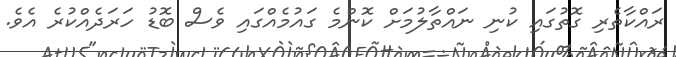
ރައްކާތެރި ގޮތުގައި ކުނި ނައްތާލުމަށް ކޮންމެ ގައުމެއްގައި ވެސް ބޮޑު ހަރަދެއްކުރެ އެވެ.